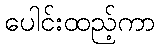
ပေါင်းထည့်ကာ